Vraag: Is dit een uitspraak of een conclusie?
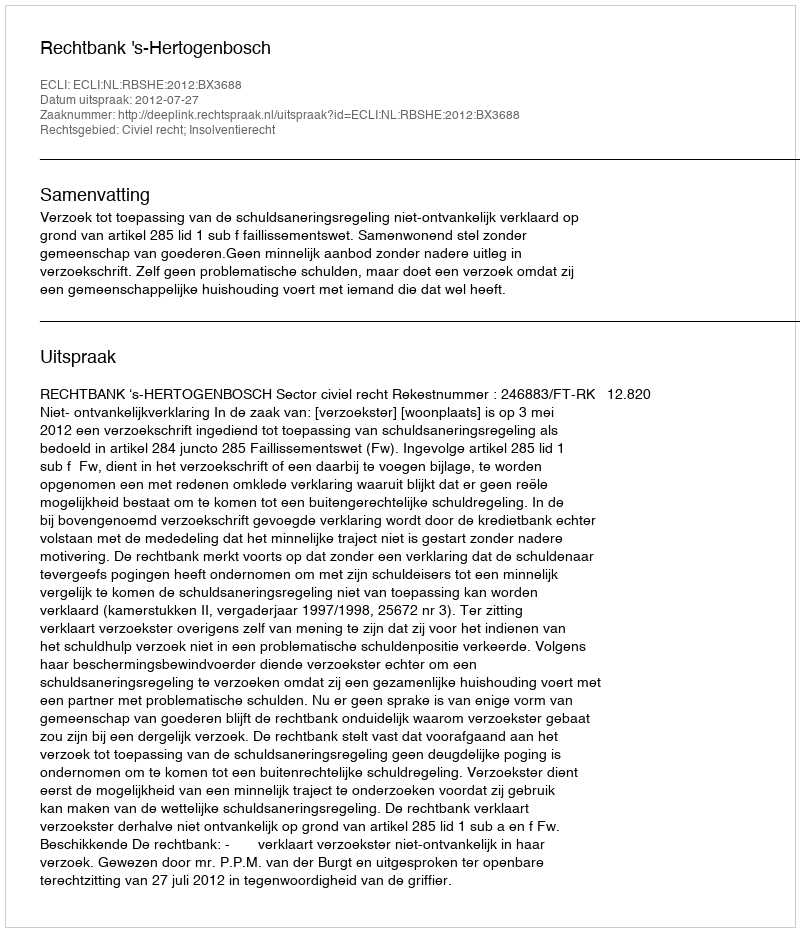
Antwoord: Uitspraak